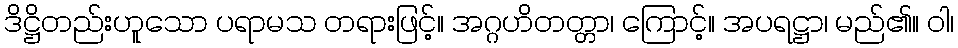
ဒိဋ္ဌိတည်းဟူသော ပရာမသ တရားဖြင့်။ အဂ္ဂဟိတတ္တာ၊ ကြောင့်။ အပရဋ္ဌာ၊ မည်၏။ ဝါ၊